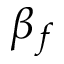
\beta _ { f }